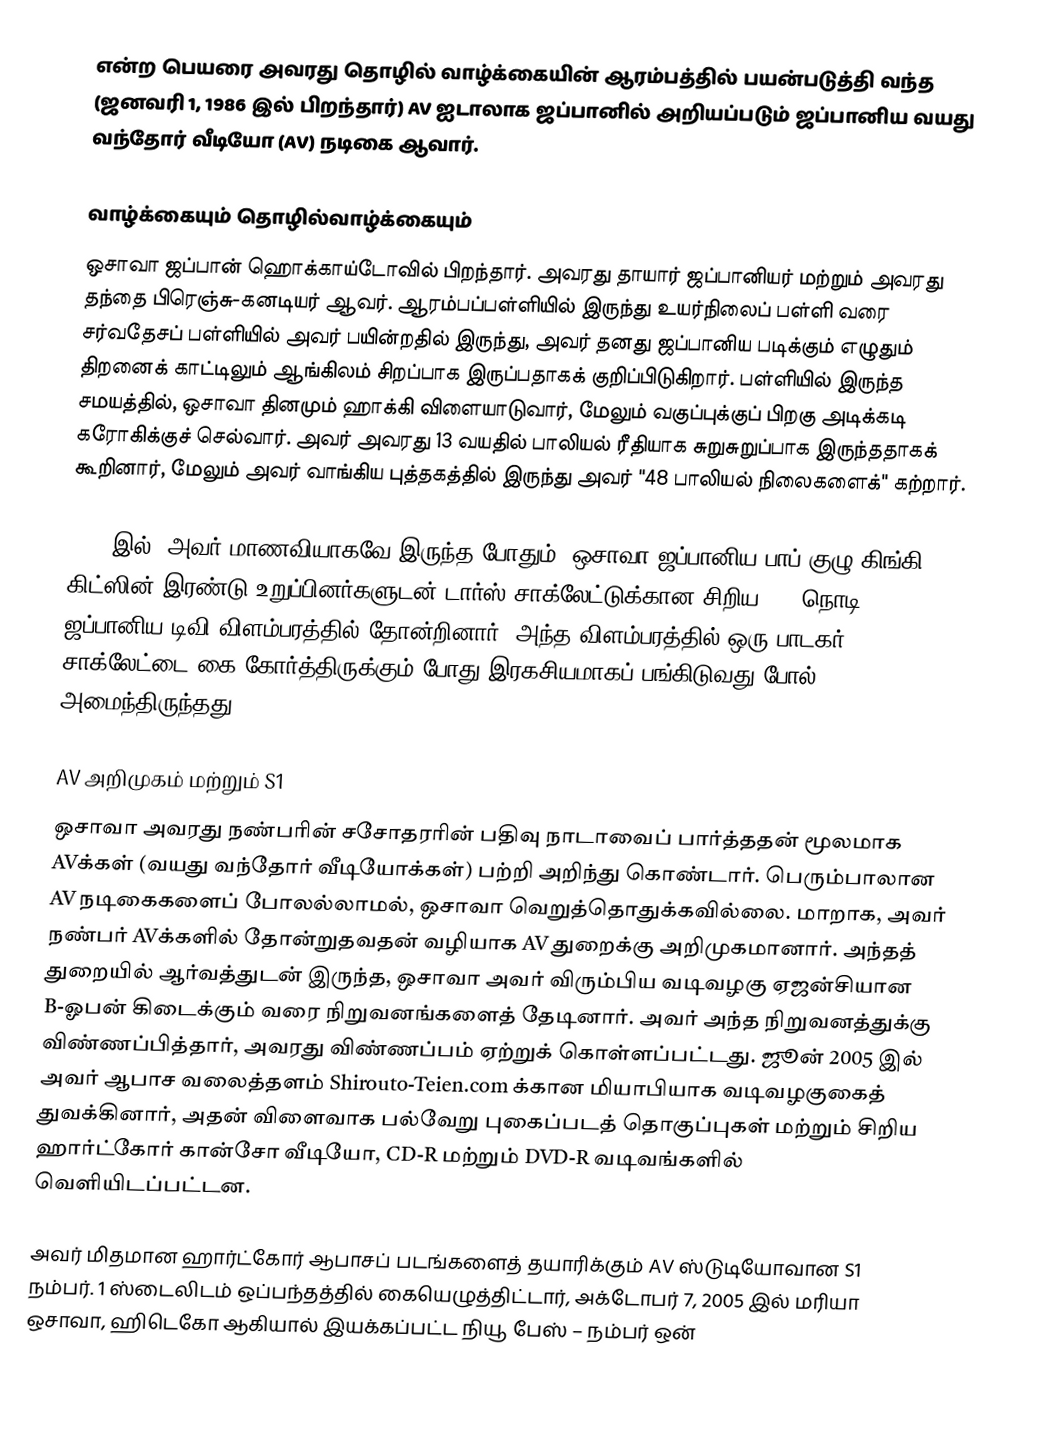
என்ற பெயரை அவரது தொழில் வாழ்க்கையின் ஆரம்பத்தில் பயன்படுத்தி வந்த  (ஜனவரி 1, 1986 இல் பிறந்தார்) AV ஐடாலாக ஜப்பானில் அறியப்படும் ஜப்பானிய வயது வந்தோர் வீடியோ (AV) நடிகை ஆவார்.

வாழ்க்கையும் தொழில்வாழ்க்கையும்
ஒசாவா ஜப்பான் ஹொக்காய்டோவில் பிறந்தார். அவரது தாயார் ஜப்பானியர் மற்றும் அவரது தந்தை பிரெஞ்சு-கனடியர் ஆவர். ஆரம்பப்பள்ளியில் இருந்து உயர்நிலைப் பள்ளி வரை சர்வதேசப் பள்ளியில் அவர் பயின்றதில் இருந்து, அவர் தனது ஜப்பானிய படிக்கும் எழுதும் திறனைக் காட்டிலும் ஆங்கிலம் சிறப்பாக இருப்பதாகக் குறிப்பிடுகிறார். பள்ளியில் இருந்த சமயத்தில், ஒசாவா தினமும் ஹாக்கி விளையாடுவார், மேலும் வகுப்புக்குப் பிறகு அடிக்கடி கரோகிக்குச் செல்வார். அவர் அவரது 13 வயதில் பாலியல் ரீதியாக சுறுசுறுப்பாக இருந்ததாகக் கூறினார், மேலும் அவர் வாங்கிய புத்தகத்தில் இருந்து அவர் "48 பாலியல் நிலைகளைக்" கற்றார்.

2002 இல், அவர் மாணவியாகவே இருந்த போதும், ஒசாவா ஜப்பானிய பாப் குழு கிங்கி கிட்ஸின் இரண்டு உறுப்பினர்களுடன் டார்ஸ் சாக்லேட்டுக்கான சிறிய (30 நொடி) ஜப்பானிய டிவி விளம்பரத்தில் தோன்றினார். அந்த விளம்பரத்தில் ஒரு பாடகர் சாக்லேட்டை கை கோர்த்திருக்கும் போது இரகசியமாகப் பங்கிடுவது போல் அமைந்திருந்தது.

AV அறிமுகம் மற்றும் S1
ஒசாவா அவரது நண்பரின் சசோதரரின் பதிவு நாடாவைப் பார்த்ததன் மூலமாக AVக்கள் (வயது வந்தோர் வீடியோக்கள்) பற்றி அறிந்து கொண்டார். பெரும்பாலான AV நடிகைகளைப் போலல்லாமல், ஒசாவா வெறுத்தொதுக்கவில்லை. மாறாக, அவர் நண்பர் AVக்களில் தோன்றுதவதன் வழியாக AV துறைக்கு அறிமுகமானார். அந்தத் துறையில் ஆர்வத்துடன் இருந்த, ஒசாவா அவர் விரும்பிய வடிவழகு ஏஜன்சியான B-ஓபன்  கிடைக்கும் வரை நிறுவனங்களைத் தேடினார். அவர் அந்த நிறுவனத்துக்கு விண்ணப்பித்தார், அவரது விண்ணப்பம் ஏற்றுக் கொள்ளப்பட்டது. ஜூன் 2005 இல் அவர் ஆபாச வலைத்தளம் Shirouto-Teien.com க்கான மியாபியாக வடிவழகுகைத் துவக்கினார், அதன் விளைவாக பல்வேறு புகைப்படத் தொகுப்புகள் மற்றும் சிறிய ஹார்ட்கோர் கான்சோ வீடியோ, CD-R மற்றும் DVD-R வடிவங்களில் வெளியிடப்பட்டன.

அவர் மிதமான ஹார்ட்கோர் ஆபாசப் படங்களைத் தயாரிக்கும் AV ஸ்டுடியோவான S1 நம்பர். 1 ஸ்டைலிடம் ஒப்பந்தத்தில் கையெழுத்திட்டார், அக்டோபர் 7, 2005 இல் மரியா ஒசாவா, ஹிடெகோ ஆகியால் இயக்கப்பட்ட நியூ பேஸ் – நம்பர் ஒன்